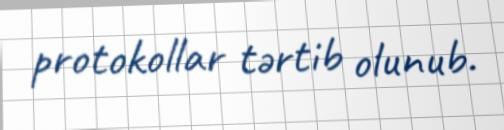
protokollar tərtib olunub.